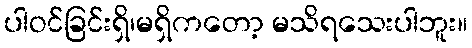
ပါဝင်ခြင်းရှိ၊မရှိကတော့ မသိရသေးပါဘူး။